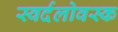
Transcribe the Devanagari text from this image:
स्वर्दलोवस्क